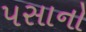
પસાનો